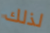
لذلك